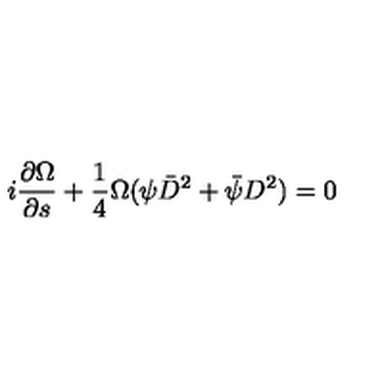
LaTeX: i \frac { \partial \Omega } { \partial { s } } + \frac { 1 } { 4 } \Omega ( \psi \bar { D } ^ { 2 } + \bar { \psi } D ^ { 2 } ) = 0